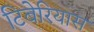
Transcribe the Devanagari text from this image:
टिबेरियास